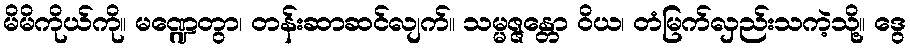
မိမိကိုယ်ကို။ မဏ္ဍေတွာ၊ တန်းဆာဆင်လျက်။ သမ္မဇ္ဇန္တော ဝိယ၊ တံမြက်လှည်းသကဲ့သို့။ ဒွေ